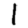
Digit: 1